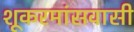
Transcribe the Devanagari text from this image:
शूकरमांसवासी